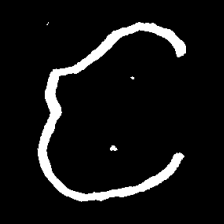
Pyu character \u2014 Myanmar letter: င (romanized: nga)